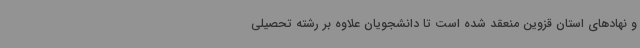
و نهادهای استان قزوین منعقد شده است تا دانشجویان علاوه بر رشته تحصیلی